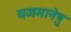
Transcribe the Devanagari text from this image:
यजमानेषु